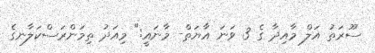
ސޫރަތު އަލް މާއިދާ ގެ 3 ވަނަ އާޔަތް- މާނައީ:" މިއަދު ތިމަންރަސްކަލާނގެ